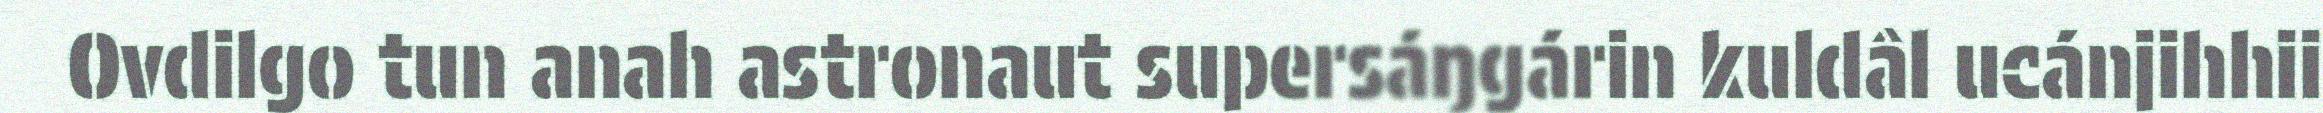
Ovdilgo tun anah astronaut supersáŋgárin kuldâl ucánjihhii